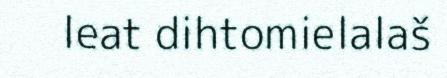
leat dihtomielalaš